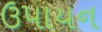
ઉપાયન